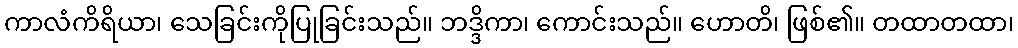
ကာလံကိရိယာ၊ သေခြင်းကိုပြုခြင်းသည်။ ဘဒ္ဒိကာ၊ ကောင်းသည်။ ဟောတိ၊ ဖြစ်၏။ တထာတထာ၊